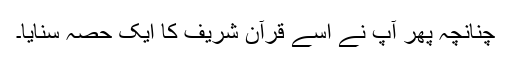
چنانچہ پھر آپؐ نے اسے قرآن شریف کا ایک حصہ سنایا۔